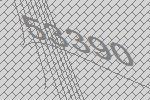
53390